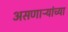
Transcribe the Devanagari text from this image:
असणाऱ्यांच्या